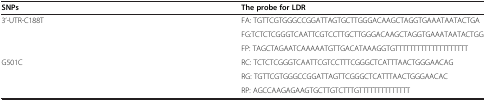
| SNPs | The probe for LDR |
 | --- | --- |
 | 3’-UTR-C188T | FA: TGTTCGTGGGCCGGATTAGTGCTTGGGACAAGCTAGGTGAAATAATACTGA |
 |  | FG:TCTCTCGGGTCAATTCGTCCTTGCTTGGGACAAGCTAGGTGAAATAATACTGG |
 |  | FP: TAGCTAGAATCAAAAATGTTGACATAAAGGTGTTTTTTTTTTTTTTTTTTTT |
 | G501C | RC: TCTCTCGGGTCAATTCGTCCTTTCGGGCTCATTTAACTGGGAACAG |
 |  | RG: TGTTCGTGGGCCGGATTAGTTCGGGCTCATTTAACTGGGAACAC |
 |  | RP: AGCCAAGAGAAGTGCTTGTCTTTGTTTTTTTTTTTTTT |